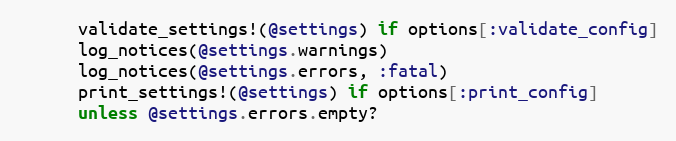
Language: Ruby
      validate_settings!(@settings) if options[:validate_config]
      log_notices(@settings.warnings)
      log_notices(@settings.errors, :fatal)
      print_settings!(@settings) if options[:print_config]
      unless @settings.errors.empty?